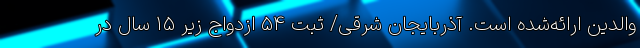
والدین ارائه‌شده است. آذربایجان شرقی/ ثبت 54 ازدواج زیر 15 سال در